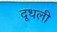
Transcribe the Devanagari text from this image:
दूधली